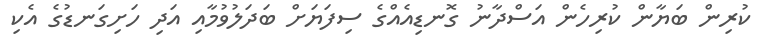
ކުރިން ބަޔާން ކުރިހެން އަސްދާނު ގޮނޑިއެއްގެ ސިފަޔަށް ބަދަލުވުމާއި އަދި ހަށިގަނޑުގެ އެކި